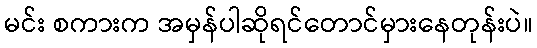
မင်း စကားက အမှန်ပါဆိုရင်တောင်မှားနေတုန်းပဲ။